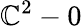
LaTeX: \mathbb{C}^{2}-0